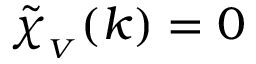
\mathinner { \tilde { \chi } _ { _ V } \mathopen { \left( k \right) } } = 0